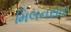
મિલનસાર